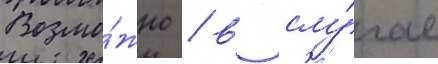
Возмо́жно / в слу́чае